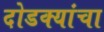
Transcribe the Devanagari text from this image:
दोडक्यांचा